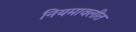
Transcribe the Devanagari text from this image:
नियमावलीत